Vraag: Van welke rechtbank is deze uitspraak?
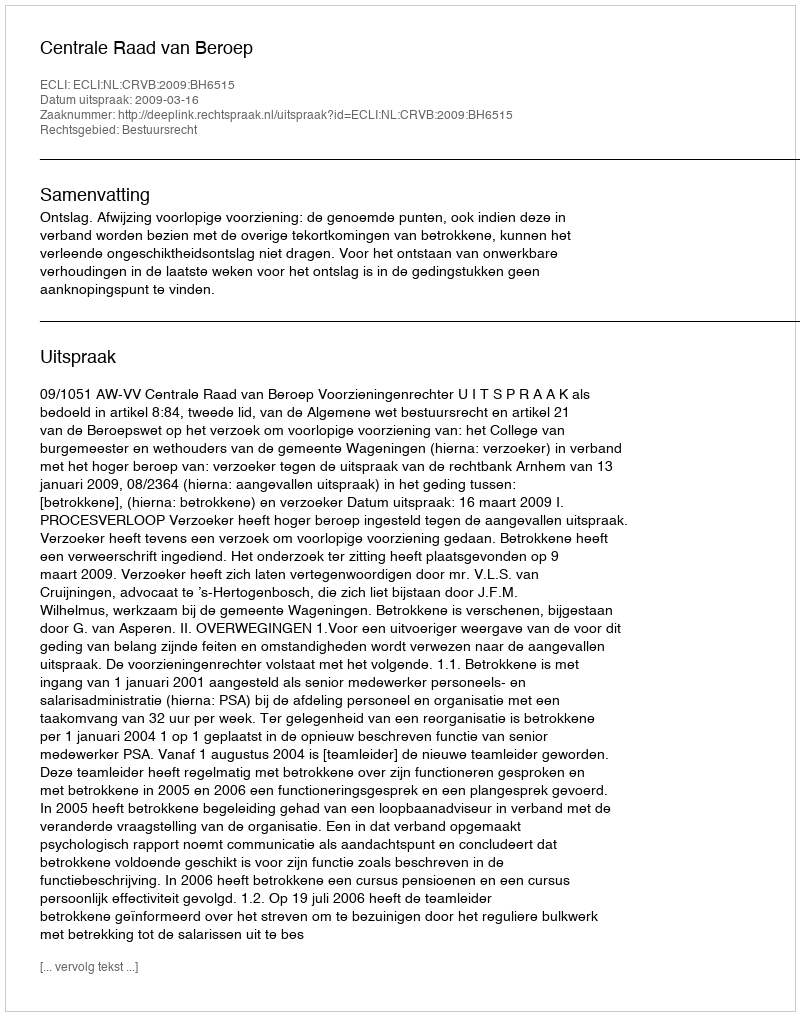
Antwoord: Centrale Raad van Beroep